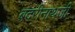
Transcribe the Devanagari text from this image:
बदरीनाथजी